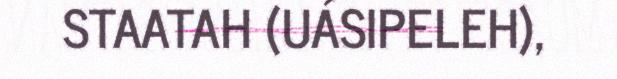
STAATAH (UÁSIPELEH),